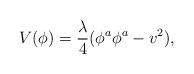
LaTeX: \begin{align*}V(\phi) = \frac{\lambda}{4}( \phi^{a} \phi^a - v^2),\end{align*}